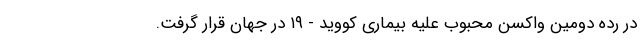
در رده دومین واکسن محبوب علیه بیماری کووید - ۱۹ در جهان قرار گرفت.